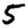
Digit: 5